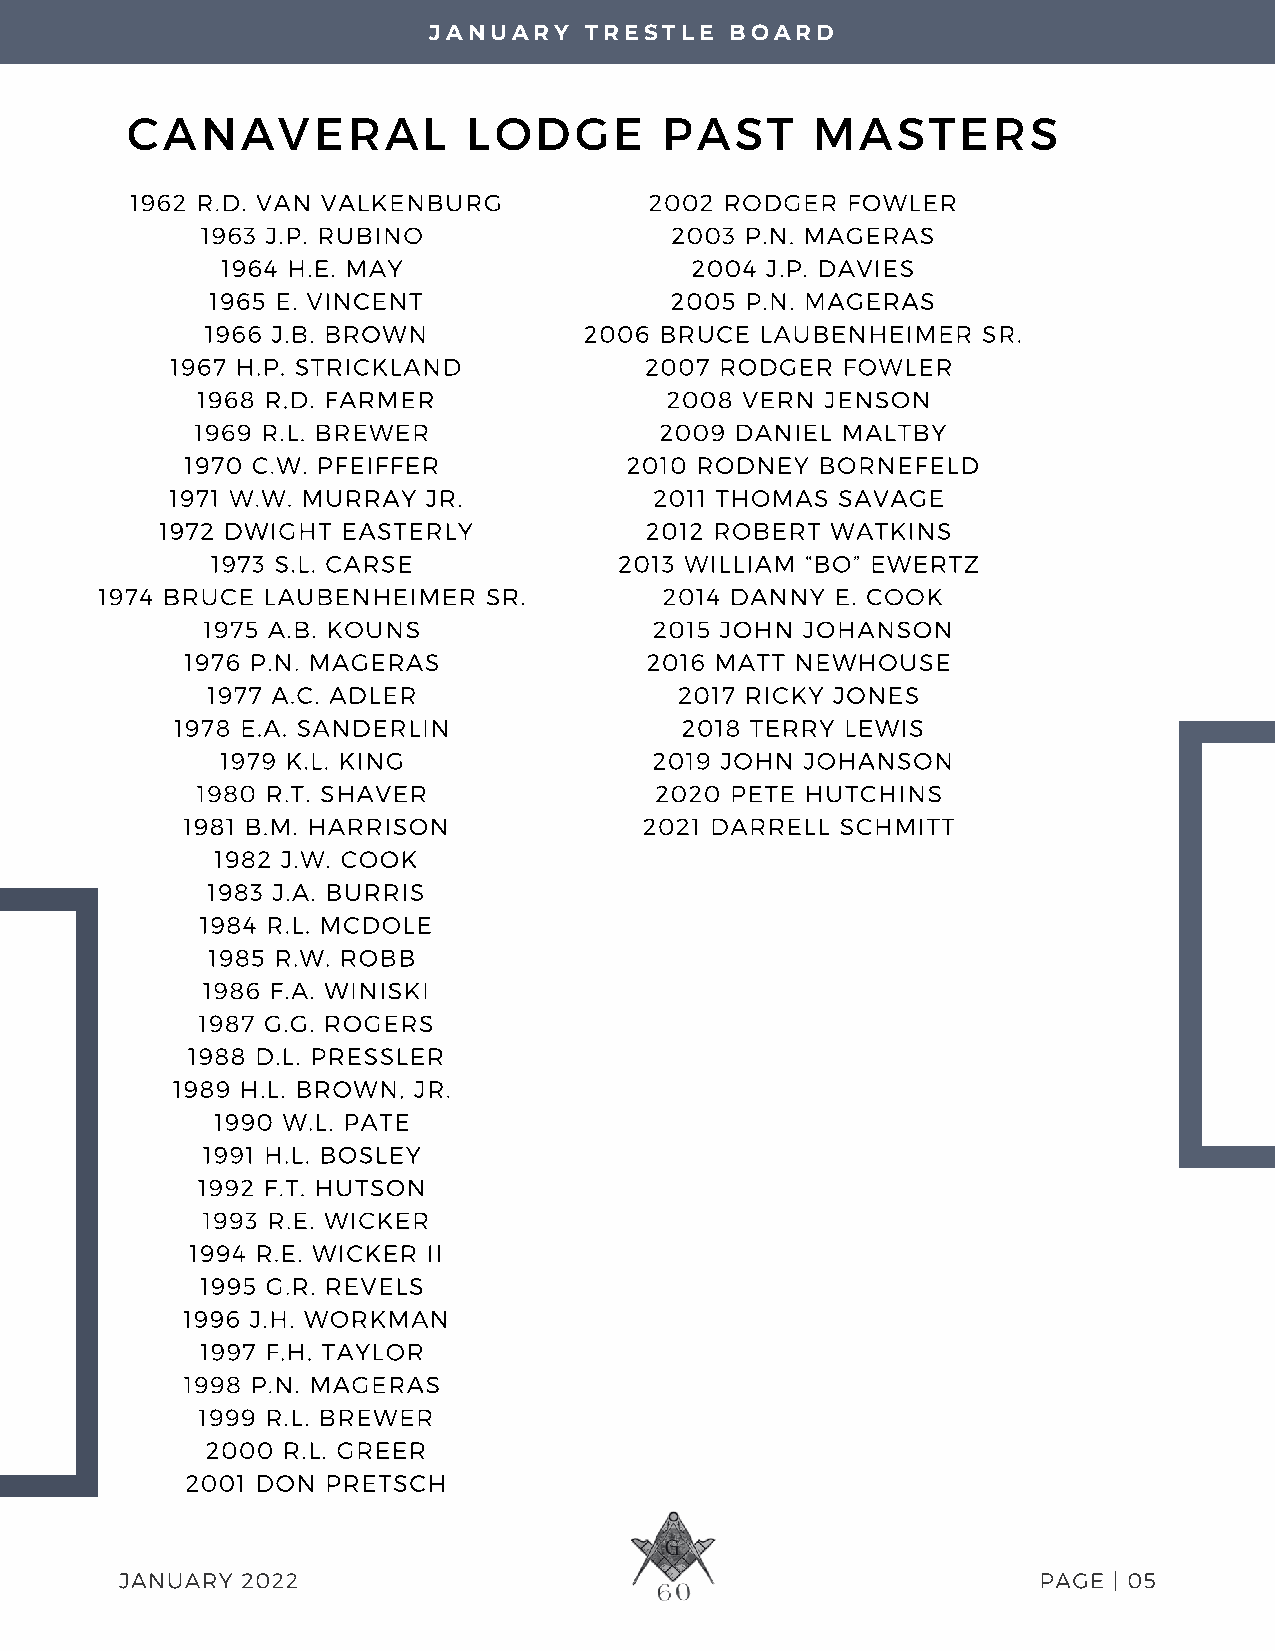
JANUARY    TRESTLE  BOARD
 CANAVERAL              LODGE        PAST      MASTERS
 1962 R.D. VAN VALKENBURG          2002 RODGER  FOWLER
 1963 J.P. RUBINO               2003 P.N. MAGERAS
 1964 H.E. MAY                  2004 J.P. DAVIES
 1965 E. VINCENT               2005 P.N. MAGERAS
 1966 J.B. BROWN          2006 BRUCE LAUBENHEIMER   SR.
 1967 H.P. STRICKLAND            2007 RODGER  FOWLER
 1968 R.D. FARMER               2008 VERN  JENSON
 1969 R.L. BREWER               2009 DANIEL MALTBY
 1970 C.W. PFEIFFER           2010 RODNEY  BORNEFELD
 1971 W.W. MURRAY JR.            2011 THOMAS  SAVAGE
 1972 DWIGHT EASTERLY            2012 ROBERT WATKINS
 1973 S.L. CARSE            2013 WILLIAM “BO” EWERTZ
 1974 BRUCE LAUBENHEIMER  SR.         2014 DANNY E. COOK
 1975 A.B. KOUNS               2015 JOHN JOHANSON
 1976 P.N. MAGERAS              2016 MATT NEWHOUSE
 1977 A.C. ADLER                2017 RICKY JONES
 1978 E.A. SANDERLIN              2018 TERRY LEWIS
 1979 K.L. KING              2019 JOHN JOHANSON
 1980 R.T. SHAVER              2020 PETE HUTCHINS
 1981 B.M. HARRISON             2021 DARRELL SCHMITT
 1982 J.W. COOK
 1983 J.A. BURRIS
 1984 R.L. MCDOLE
 1985 R.W. ROBB
 1986 F.A. WINISKI
 1987 G.G. ROGERS
 1988 D.L. PRESSLER
 1989 H.L. BROWN, JR.
 1990 W.L. PATE
 1991 H.L. BOSLEY
 1992 F.T. HUTSON
 1993 R.E. WICKER
 1994 R.E. WICKER II
 1995 G.R. REVELS
 1996 J.H. WORKMAN
 1997 F.H. TAYLOR
 1998 P.N. MAGERAS
 1999 R.L. BREWER
 2000 R.L. GREER
 2001 DON  PRETSCH
 JANUARY 2022                                                 PAGE | 05